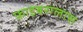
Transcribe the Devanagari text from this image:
फ़ाइबरग्लास